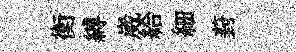
衡縛崴給細葑